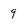
Character: 9